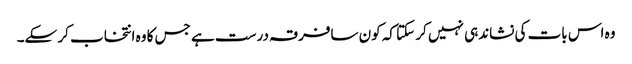
وہ اس بات کی نشاندہی نہیں کر سکتا کہ کون سافرقہ درست ہے جس کا وہ انتخاب کر سکے۔